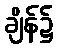
ချိန်၌